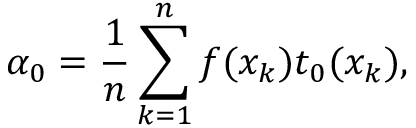
\alpha _ { 0 } = \frac { 1 } { n } \sum _ { k = 1 } ^ { n } f ( x _ { k } ) t _ { 0 } ( x _ { k } ) ,